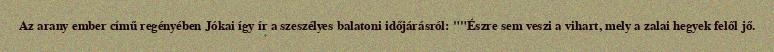
Az arany ember című regényében Jókai így ír a szeszélyes balatoni időjárásról: ""Észre sem veszi a vihart, mely a zalai hegyek felől jő.